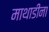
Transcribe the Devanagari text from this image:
माथाडींना